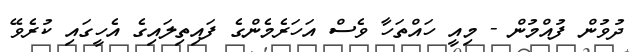
ދުވުން ފުއްމުން - މިއީ ހައްތަހާ ވެސް އަހަރެމެންގެ ފައިތިލައިގެ އެހީގައި ކުރެވޭ